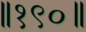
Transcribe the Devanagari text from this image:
॥१९०॥